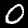
Label: 0